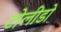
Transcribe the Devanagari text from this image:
टोलीडो